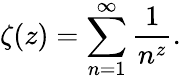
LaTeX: \zeta(z)=\sum_{n=1}^{\infty}\frac{1}{n^{z}}.